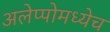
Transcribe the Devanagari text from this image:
अलेप्पोमध्येच